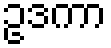
ဥဒကာ